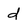
Character: d